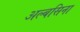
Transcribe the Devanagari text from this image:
अल्बसिना